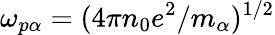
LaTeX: \omega_{p\alpha}=(4\pi n_{0}e^{2}/m_{\alpha})^{1/2}